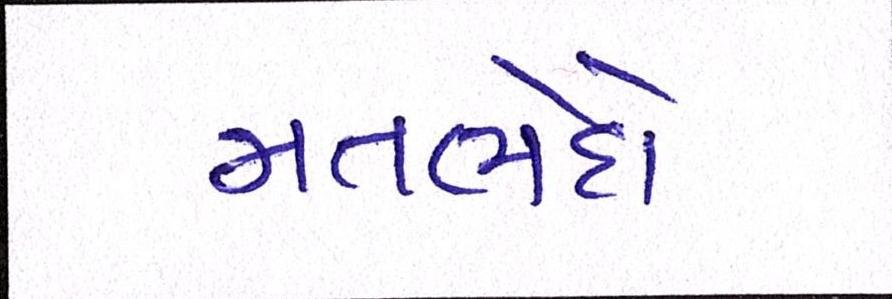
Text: મતભેદો